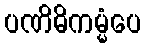
ပဏိဓိကမ္မံပေ